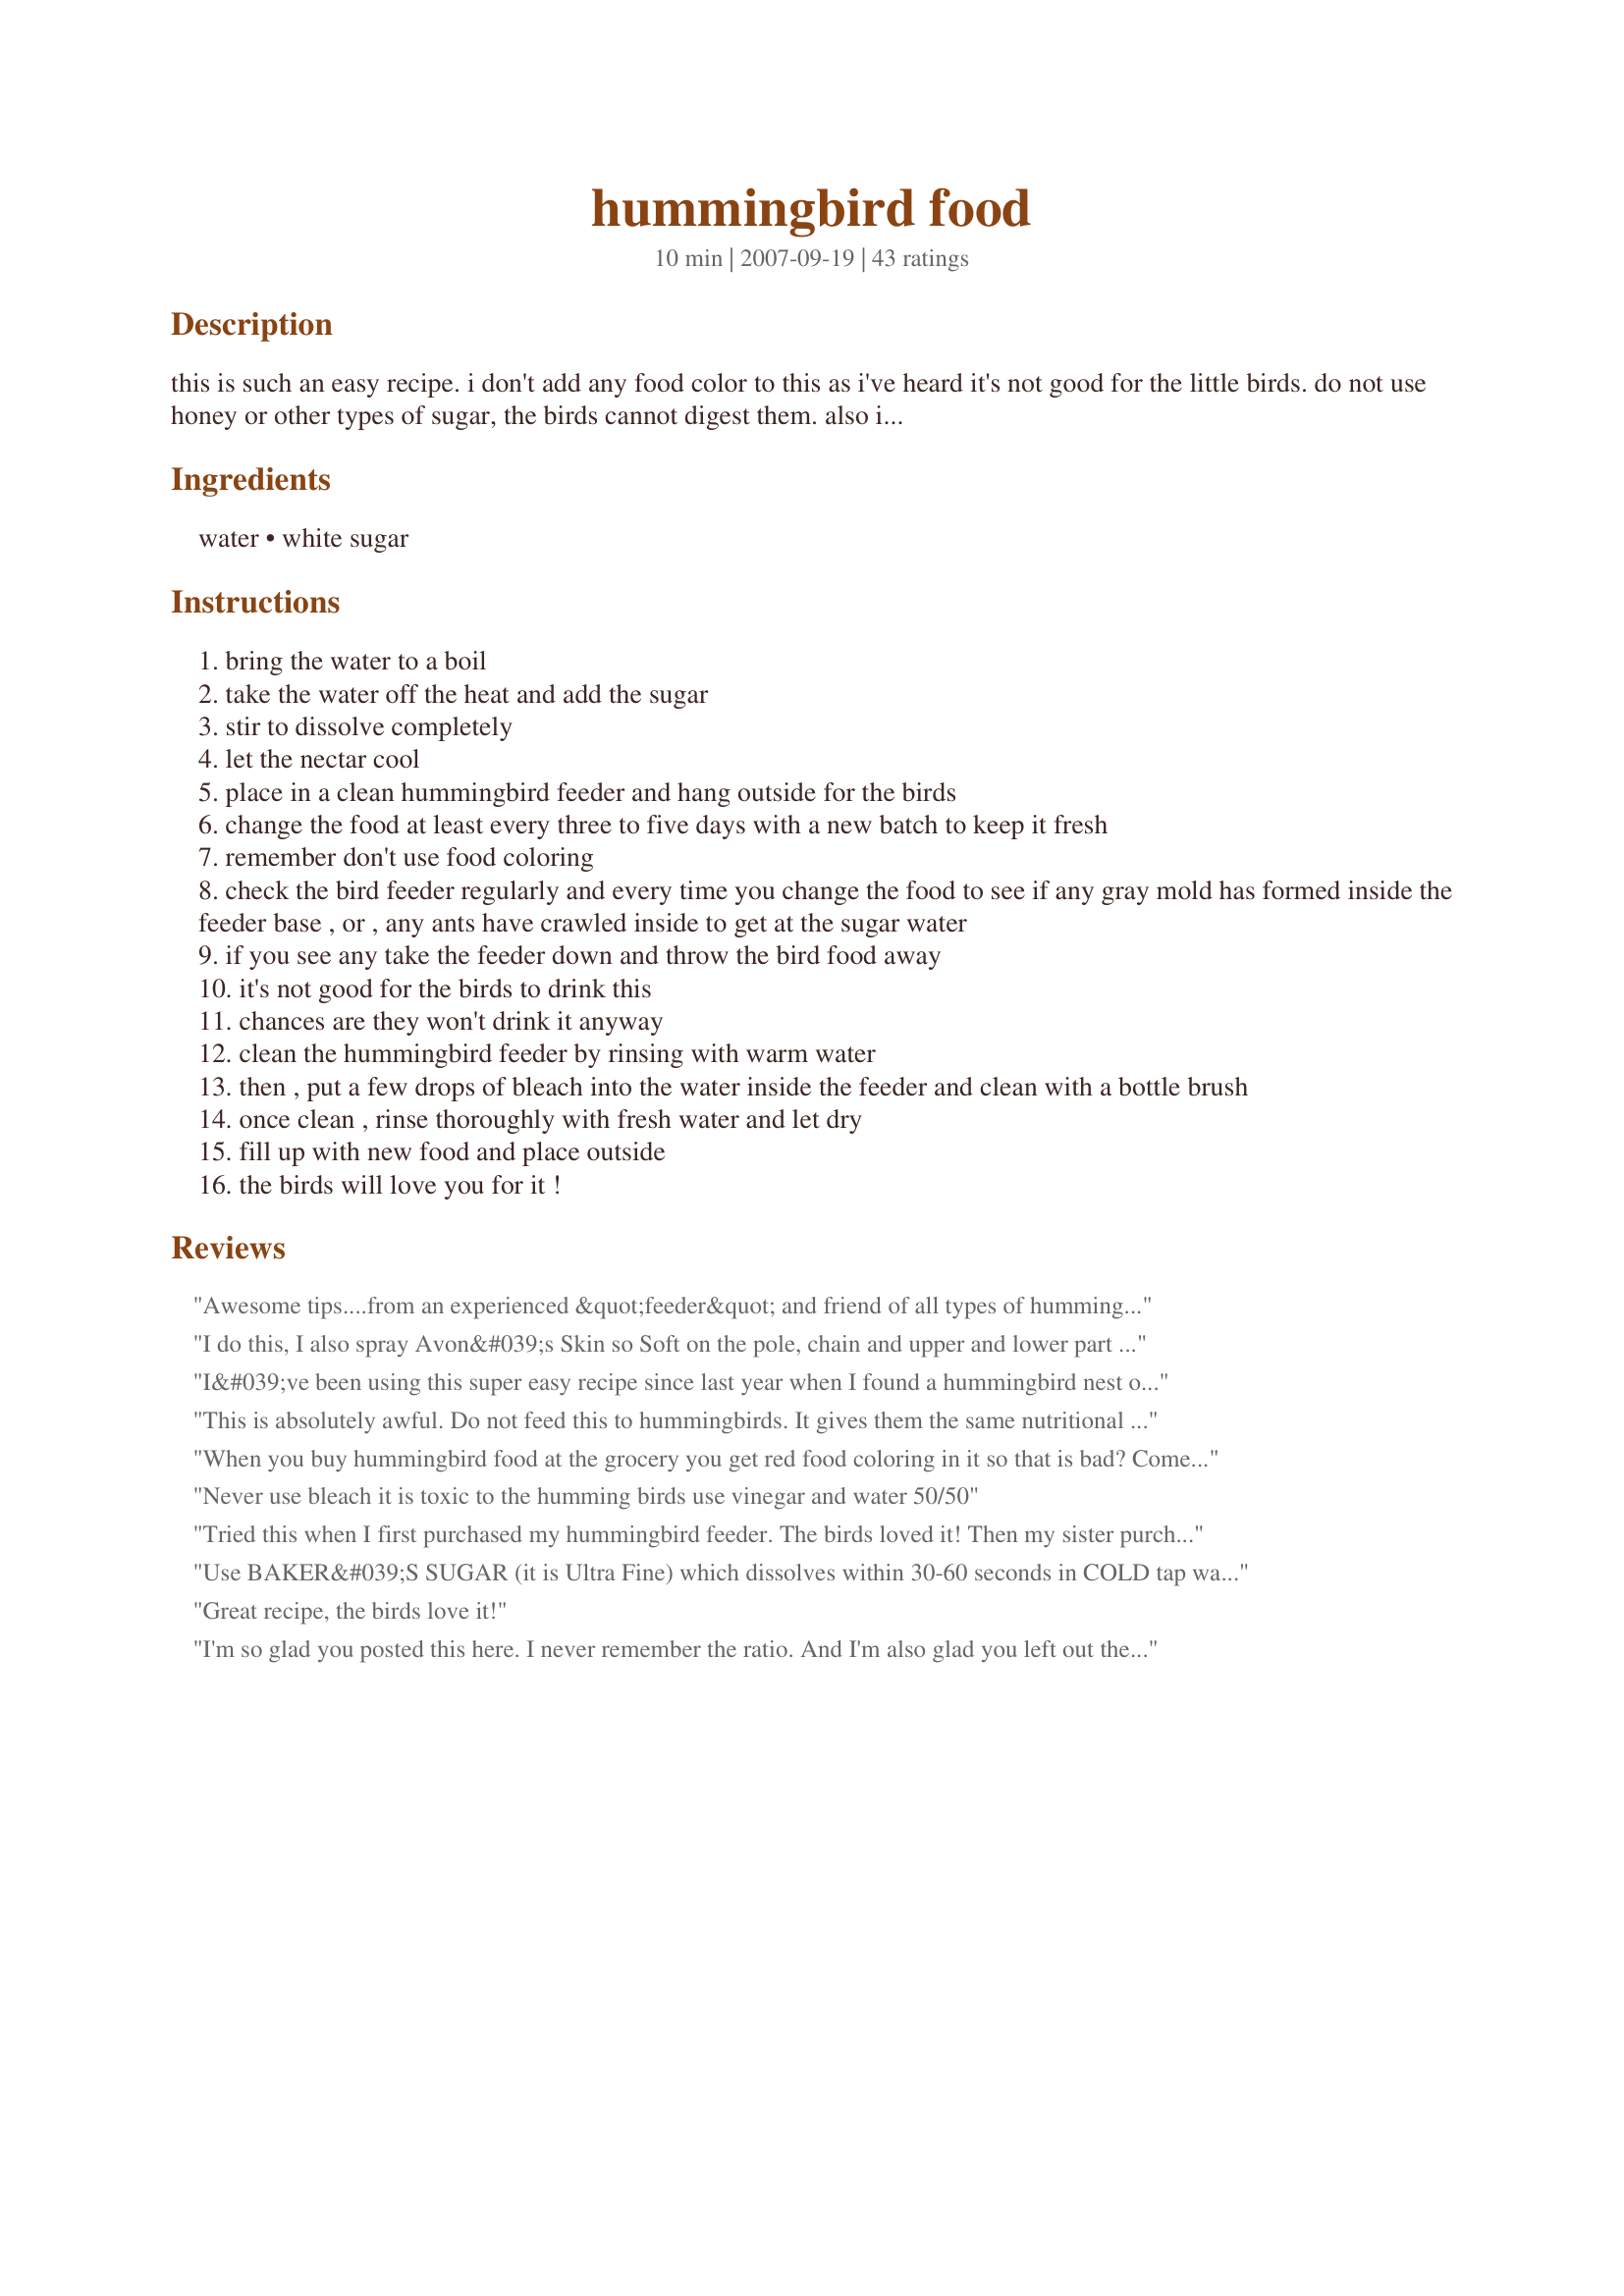
hummingbird food
Preparation time: 10 minutes

this is such an easy recipe. i don't add any food color to this as i've heard it's not good for the little birds. do not use honey or other types of sugar, the birds cannot digest them.

also if you have trouble with ants you can now get a little item that has ant repellent in it that doesn't harm the birds. i have one on my hummer feeder.

Ingredients:
water, white sugar

Steps:
bring the water to a boil
take the water off the heat and add the sugar
stir to dissolve completely
let the nectar cool
place in a clean hummingbird feeder and hang outside for the birds
change the food at least every three to five days with a new batch to keep it fresh
remember don't use food coloring
check the bird feeder regularly and every time you change the food to see if any gray mold has formed inside the feeder base , or , any ants have crawled inside to get at the sugar water
if you see any take the feeder down and throw the bird food away
it's not good for the birds to drink this
chances are they won't drink it anyway
clean the hummingbird feeder by rinsing with warm water
then , put a few drops of bleach into the water inside the feeder and clean with a bottle brush
once clean , rinse thoroughly with fresh water and let dry
fill up with new food and place outside
the birds will love you for it !

Reviews:
Awesome tips....from an experienced &quot;feeder&quot; and friend of all types of hummingbirds
I do this, I also spray Avon&#039;s Skin so Soft on the pole, chain and upper and lower part of the feeder bottle. Take care to avoid the feeding holes. It takes a very small amount to discourage the little beasties, including ants, wasp, flies, etc. Have not seen any all season.
I&#039;ve been using this super easy recipe since last year when I found a hummingbird nest on a wind chime near my front door. Mommy Loved the nectar and fed it to her babies, Humm &amp; Dinger. The babies loved returning to feed on this recipe after they left the nest.
This is absolutely awful. Do not feed this to hummingbirds. It gives them the same nutritional value it gives to humans. They require vitamins and nutrients present in natural nectar, and this will literally kill them, but slowly and painfully.
When you buy hummingbird food at the grocery you get red food coloring in it so that is bad? Comes from people that love hummingbirds!
Never use bleach it is toxic to the humming birds use vinegar and water 50/50
Tried this when I first purchased my hummingbird feeder. The birds loved it! Then my sister purchased another feeder and store-bought feeder mix (with red dye) for me for Mother&#039;s Day. There was a substantial loss of activity at my feeders. :( Tried it twice before I switched back to this recipe. Activity has picked up again! :) Thank you!
Use BAKER&#039;S SUGAR (it is Ultra Fine) which dissolves within 30-60 seconds in COLD tap water.
Great recipe, the birds love it!
I'm so glad you posted this here. I never remember the ratio. And I'm also glad you left out the red dye. All the experts say that the red on the feeder is what attracts the hummers not the red in the liquid. In fact, some experts say the dye can be harmful. thanks!
I've been using this recipe for some time, and my hummingbirds love it. They're at the feeder several times a day. I do add a little red food color, although it's not necessary. Good tips on keeping the feeder clean. Also, we have very hot weather in the summer, so I clean the feeder more frequently because the food will ferment in the heat. After all, you don't want your hummingbirds flying under the influence.
I have a question. Is this recipe the spring or the fall? It's coming up on fall, so I want to make the correct one.
Red Food Coloring: There are not any scientific studies that show food coloring hurts humming birds, it is a myth.
This recipe should not be used all the time as it does not contain any protein or nutrients. Hummingbirds use up LOTS of energy and need to replace these nutrients to remain healthy
Thanks Every season I forget this simple recipe.
I use the recipe all the time. but I use vinegar instead of bleach to clean de bottle. this way you don&#039;t have to let it dry. the vinegar is easier to rinse out. Happy watching!!!
Made this today & hung up my hummer feeder & had two customers before the day was over! Hope the word gets out, drinks are sweet & reasonably priced after all! :) This recipe actually inspired me to go out & get my humming bird feeder, thank you for posting!
There are 3 other recipes of the same thing, but I like that you don't boil the water. I also like the info about how to keep the feeder safe for the little guys. We hadn't had feeder last year but we kept seeing them around lately. When we decided to start feeding them again my Dh said he couldn't remember the ratio. I told him I could find it in minutes and my "Zaar buddies didn't let me down. Thank youi.
Perfect! We have very happy hummingbirds! Thanks for posting.
This is a good recipe for sugar-nectar, and good instructions about caring for feeders, also. Although the water only needs to be hot enough to dissolve the sugar, it does no harm to boil it, and it's better to heat cold water than to use hot tap water, since hot tap water often contains more impurities than cold water and hot tap water is not recommended for human consumption, either. It's also a good idea to use an ant moat in conjunction with hummingbird feeders to prevent ants invading the feeders--having the feeder hang from an ant moat filled with water keeps ants from getting to the feeder. Shady locations help keep the feeders cooler to keep the sugar-nectar fresh longer, and rain guards above the feeders are helpful too.
The hummingbirds come to my feeder much more frequently with this recipe than they did when I used a store bought mix. I was afraid "my birds' wouldn't find the clear food. Not to worry - they love it, and I do too! Thanks for sharing this simple recipe. The hummingbirds thank you too!
Well I wouldn&#039;t listen to most people to start. The author of this is correct as far as the ratio of sugar to water and to boil. The Smithsonian migratory bird center, which I trust way more than anyone else says to mix the 4:1 mixture of water and sugar then to boil. The boiling is not to disolve the sugar as most assume. The Smithsonian says it&#039;s to kill any mold or bacteria in the food mixture. So blue desert is correct, it is not necessary, but it should be done for the birds safety
Love all the info on this sight and the recipe. I had...repeat...HAD a problem with ants. I just put some vaseline on the shepards hook that I hang the feeder from and no more ant problem.
Hi fellow Hummer lovers. I live near St Louis MO. Been unseasonably cold htis spring but I put out my first feeder yesterday. I boiled my water for 5 minutes then raelized I'd left out the sugar. So I added the cup (to my 4 cups water), then boiled it again. When it cooled it looked cloudy, sort of a yellowish tint. Will the birds drink ir or should I pitch it and start over?
I use this recipe and works great. I do half at a time. Organic and Raw sugar should not be used. It contains to much iron.
Actually you SHOULD boil sugar WITH the water. The boiling is to kill any bacteria in the sugar harmful to the hummers.
Before you hang your feeder ALWAYS put some Vaseline on the hook &amp; the hanger....this will keep ants &amp; all other pesky insects from invading your feeder. Especially on Porches or Eaves!
my hummingbirds love it!!! This is the first time I have bought a hummingbird feeder .. So I was so excited when I found this recipe and it worked out great but I didn&#039;t boil the water I use the hot water and it dissolve just fine!!! I saw one of the reviews someone said that this isn&#039;t the only thing you should feed them so what other healthy things can you give them ??? Thank you (o:
This is great, I made the recipe last night and put it out, then woke up this morning to come outside &amp; see a family of hummingbirds hovering around the feeder, sharing the nectar. &amp; they keep coming back for more, so it&#039;s really good.
How much sugar and how much waterwater
Hi dogastone, For another perspective, try this site: https://www.thespruce.com/what-to-feed-hummingbirds-385950
The recipe of One cup sugar to 4 cups water is correct. It is NOT neccesary to boil the water.&lt;br/&gt;First fill your refrigerator container with the dry sugar and then add the HOTTEST tap water you can get. Add the water to the sugar. Close the lid on the container and shake shake shake for about 30 seconds till all the sugar dissolves. Keep refrigerated.&lt;br/&gt;IMPORTANT: the original recipe says to clean the feeders with BLEACH. NO NO. NEVER NEVER. Bleach can leave a residue that will kill a hummer. No soap either. Use good old vinegar-which is natural and easily washes away. I use about 50% vinegar (either white or apple cider vinegar) and 50% HOT water.Rinse the feeder well before refilling.&lt;br/&gt;In HOT climates -don&#039;t fill the feeders full as the nectar ferments and should be changed every other day. It makes no sense to throw half of the nectar away. Just use less.&lt;br/&gt;I have 10 feeders within a 20 x 20 foot area and have counted as many at 50 hummers at once. Where I live in the California Desert (Palm Springs) we regularly have 7 different species coming and going with the seasons.Our year around residents are Anna&#039;s and Rufous.
I'm really glad the nutritional value was included in the Hummingbird good recipe. We can't have those little guys putting on too much weight now, can we?
This is the same recipe that is suggested on the Arizona Hummingbird Survey's website. Here's what it says there....Fill your feeder with 1 part white granulated sugar to 3 or 4 parts water. DO NOT use red dye, honey, brown sugar, artificial sweeteners, or commercial "instant nectar" mixes! The solution can be made slightly weaker (1 to 5) in the late-spring/early-summer dry season and slightly stronger (1 to 3) from August through February for migrating and wintering birds. Solutions stronger than 1 to 3 may not meet the birds' water needs and are not recommended. Thank you, Chef Joey Z., for not posting with red dye. I try to avoid eating dyes and additives and I certainly wouldn't feed them to one of God's creatures!! I have a glass feeder and I keep the rest of my food in a glass container in the fridge, I don't want to give the poor birds leeched chemicals from plastic containers either, especially ones that sit in the sun. I have lots of plants with blossoms that the birds like so they feed on natural nectar from plants and not just the feeder's nectar. Thanks for posting such a fun spring recipe that is the proper one for the birds!
There&#039;s a lot of well-meaning misinformation floating around about feeding hummingbirds, so it&#039;s not surprising that some of it has shown up in the reviews. Here&#039;s my perspective as someone who&#039;s studied hummingbirds professionally for more than 25 years: &lt;br/&gt;&lt;br/&gt;* Hummingbirds visit flowers and feeders for energy and water. They meet all their other nutritional needs (protein, vitamins, minerals, etc.) by eating insects and spiders (a good reason to avoid using pesticides in your yard). &lt;br/&gt;* Artificial coloring isn&#039;t a huge health issue for us because we consume such small amounts, but hummingbirds can drink three times their weight in nectar or sugar water every day. If you can&#039;t resist coloring your sugar water, use a teaspoon or two of concentrated fruit juice (tart cherry gives a nice bright red color, but the birds don&#039;t seem to like the taste of cranberry).&lt;br/&gt;* Organic sugar isn&#039;t fully refined, and that dingy color comes in part from iron, which hummingbirds have a low tolerance for. Pure white sugar is safest.&lt;br/&gt;* Boiling isn&#039;t strictly necessary, but it does help the sugar dissolve and the solution stay fresh a little longer. Microwaving is also okay, but don&#039;t use hot tap water unless you have a special instant hot water dispenser at your kitchen sink. The CDC warns against drinking or cooking with ordinary hot tap water because it can contain elevated levels of lead, so it doesn&#039;t belong in hummingbird feeders, either. &lt;br/&gt;* Both vinegar (full-strength) and bleach (diluted) are perfectly okay for cleaning feeders, but bleach is a more powerful disinfectant. As long as you rinse the feeder well, any residual chlorine will be neutralized by the sugar in the solution. Soaps and detergents can be a problem if the feeder has nooks and crannies that you can&#039;t reach to scrub and rinse, but some well-designed feeders can be washed on the top rack of a dishwasher.&lt;br/&gt; * If the sugar water in your feeder &quot;turns black&quot; within three days, you likely have a problem with contamination of the feeder and/or the sugar.
I used organic sugar but after dissolving, it has brown tint. It seems dumb to be concerned since it is organic but doesn&#039;t seem right that it has that dingy look to it.
A tip I learned from Birds &amp; Blooms Magazine years ago is to spread a little olive oil with your finger tip over each feeder hole to inhibit ants, wasps, earwigs, etc. The bugs don't like it and it doesn't bother the hummingbirds. I've done this for years, it's cheap and easy and works.
Not for any reason other than being able to see the level of the &quot;nectar&quot; do I add a slight bit of food coloring. Clear sugar water is just that...clear. I'd be interested to hear if anyone thinks that this is doing any harm.
Above information for sugar to water ratio is great. For sanitation it is hard to beat bleach for effectiveness. It's drawback is that it is hard to completely rinse off with water as it is has a high pH (basic). This is easily overcome using a water rinse followed by a dilute vinegar (1/1 with water) rinse, followed by water. Vinegar (and other acids) are easy to rinse and do not leave a residue while bases feel slippery, like to stick to surfaces, and are hard to remove without excessive rinsing. In the chemistry lab glassware that has to be extra clean gets rinsed with a mild acid solution after a detergent wash followed by distilled water to ensure any soap residue is gone.
You should NOT use bleach to clean the feeder!!
I have been told by many bird enthusiasts if don&#039;t boil the sugar and water together it turns black. I have tried it without and it does turn black. I completely dissolve my sugar by boiling. and I do NOT use 4 cups water, i use 3. My mom uses half and half. We live in an area where we go through about half a gallon a day. If it wasn&#039;t working they wouldn&#039;t be drinking that much.
A great supplement to the flower nectar which so many hummingbirds feed upon here in our yard. I've used this recipe for years and the birds do seem to love it!
The recipe is good, would have given 5 stars for that but not the part about cleaning with bleach. If you have a dirty feeder you have probably left the solution in it too long. It can be cleaned with vinegar and water but no bleach! I live in Houston and it is very hot when the Hummers arrive. The solution has to be changed out every 2-3 days.
